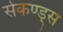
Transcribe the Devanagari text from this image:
सेकण्ड्स